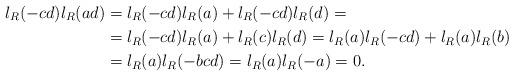
LaTeX: \begin{align*} l_R(-cd)l_R(ad)&=l_R(-cd)l_R(a)+l_R(-cd)l_R(d)= \\ &=l_R(-cd)l_R(a)+l_R(c)l_R(d)=l_R(a)l_R(-cd)+l_R(a)l_R(b) \\ &=l_R(a)l_R(-bcd)=l_R(a)l_R(-a)=0. \end{align*}